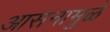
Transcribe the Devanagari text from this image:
आसनामुळे